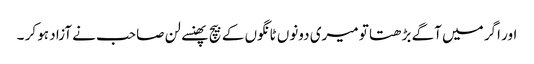
اور اگر میں آگے بڑھتا تو میری دونوں ٹانگوں کے بیچ پھنسے لن صاحب نے آزاد ہو کر ۔